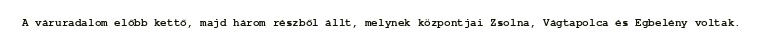
A váruradalom előbb kettő, majd három részből állt, melynek központjai Zsolna, Vágtapolca és Egbelény voltak.